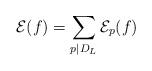
LaTeX: \begin{align*}\mathcal{E}(f) = \sum_{p\mid D_L} \mathcal{E}_p(f)\end{align*}